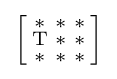
{\Bigl [}{\begin{smallmatrix}\mathrm {*} &\mathrm {*} &\mathrm {*} \\\mathrm {T} &\mathrm {*} &\mathrm {*} \\\mathrm {*} &\mathrm {*} &\mathrm {*} \end{smallmatrix}}{\Bigr ]}